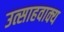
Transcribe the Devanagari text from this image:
उत्साहवाक्य